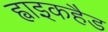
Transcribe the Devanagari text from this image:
ह्वाइकहैड